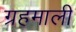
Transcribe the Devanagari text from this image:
ग्रहमाली